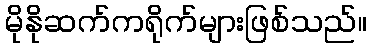
မိုနိုဆက်ကရိုက်များဖြစ်သည်။